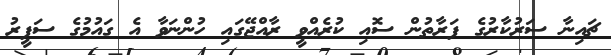
ޗައިނާ ސަރުކާރުގެ ފަރާތުން ސޮއި ކުރެއްވީ ރާއްޖޭގައި ހުންނަވާ އެ ގައުމުގެ ސަފީރު